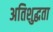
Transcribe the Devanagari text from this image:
अतिशुद्धता